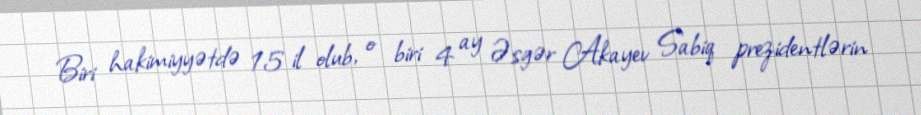
Biri hakimiyyətdə 15 il olub, o biri 4 ay Əsgər Akayev Sabiq prezidentlərin